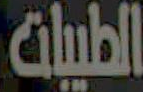
الطبيبات